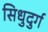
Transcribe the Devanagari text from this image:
सिधुदुर्ग